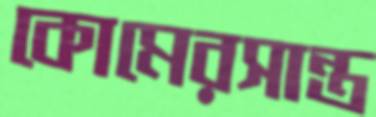
কোমেরসান্ত